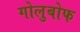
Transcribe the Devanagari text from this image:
गोलुबोफ